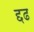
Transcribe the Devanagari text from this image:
द्दढ